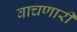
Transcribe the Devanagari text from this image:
वाचणारी